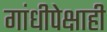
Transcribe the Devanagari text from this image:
गांधीपेक्षाही